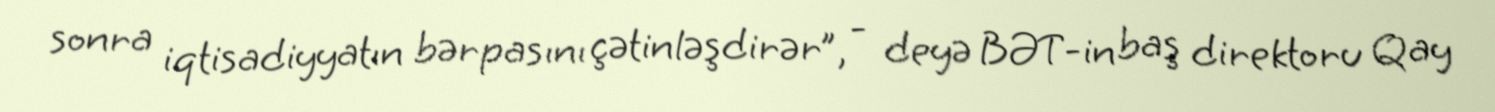
sonra iqtisadiyyatın bərpasını çətinləşdirər”, - deyə BƏT-in baş direktoru Qay